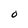
Character: O